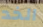
الخد